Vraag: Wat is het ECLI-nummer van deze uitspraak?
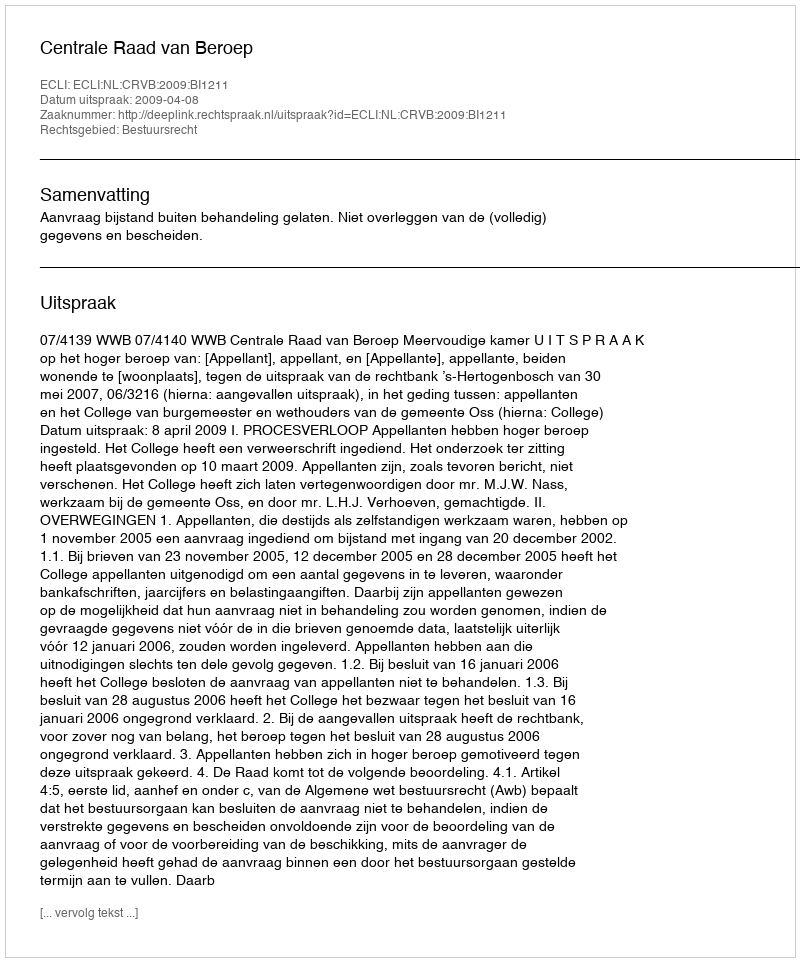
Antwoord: ECLI:NL:CRVB:2009:BI1211